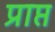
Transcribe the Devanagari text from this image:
प्राप्त